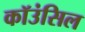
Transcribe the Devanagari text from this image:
कॉउंसिल